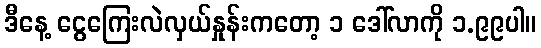
ဒီနေ့ ငွေကြေးလဲလှယ်နှုန်းကတော့ ၁ ဒေါ်လာကို ၁.၉၉ပါ။